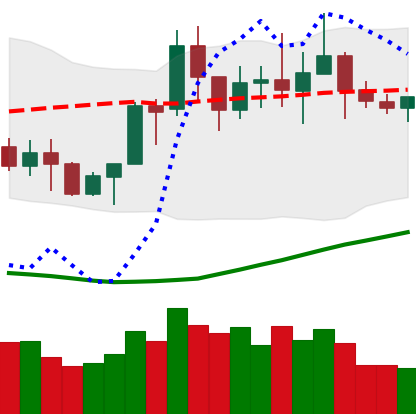
Ticker: NEO-USD
Chart end date: 2020-07-19
Forward return: 4.289%
Label: up_3_5